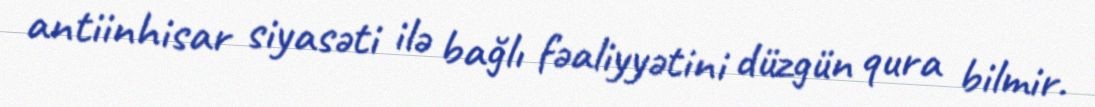
antiinhisar siyasəti ilə bağlı fəaliyyətini düzgün qura bilmir.